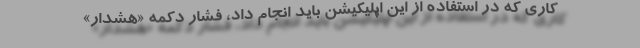
کاری که در استفاده از این اپلیکیشن باید انجام داد، فشار دکمه «هشدار»